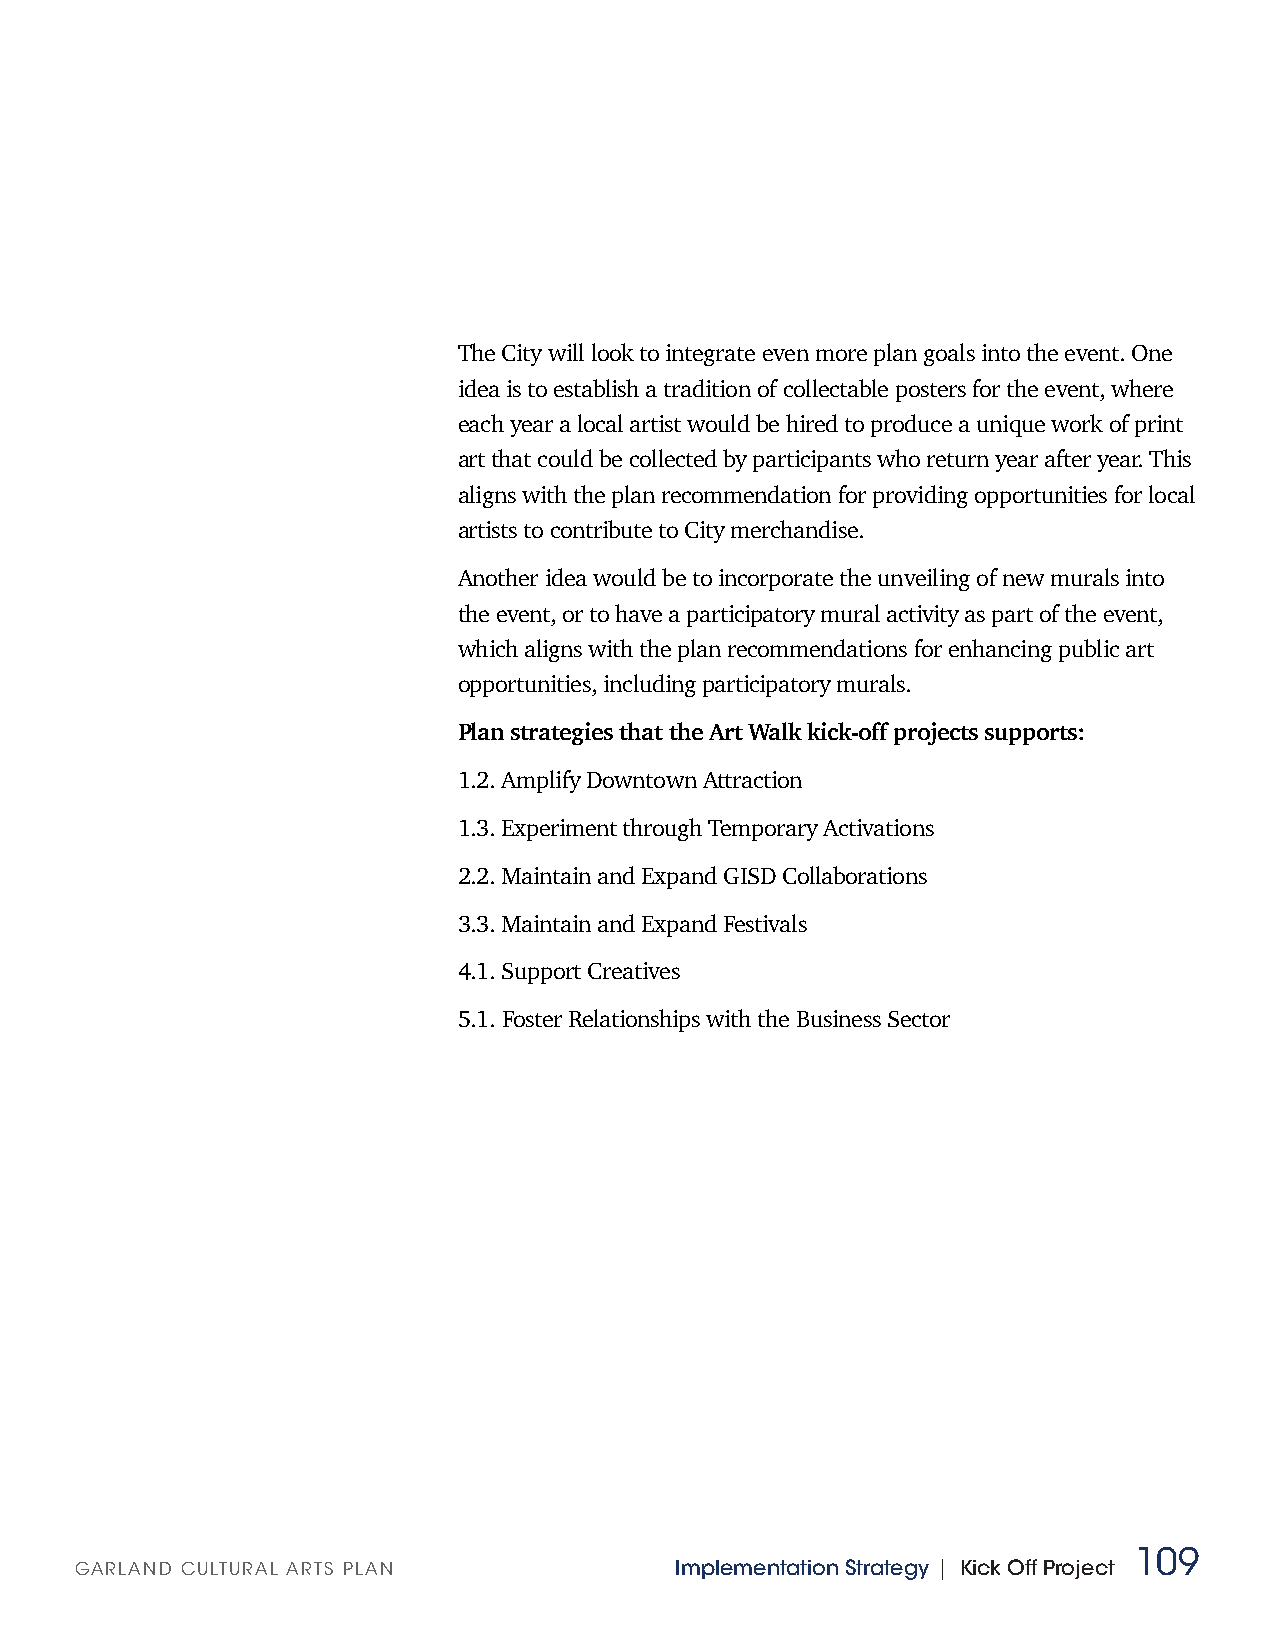
The City will look to integrate even more plan goals into the event. One
 idea is to establish a tradition of collectable posters for the event, where
 each year a local artist would be hired to produce a unique work of print
 art that could be collected by participants who return year after year. This
 aligns with the plan recommendation for providing opportunities for local
 artists to contribute to City merchandise.
 Another idea would be to incorporate the unveiling of new murals into
 the event, or to have a participatory mural activity as part of the event,
 which aligns with the plan recommendations for enhancing public art
 opportunities, including participatory murals.
 Plan strategies that the Art Walk kick-off projects supports:
 1.2. Amplify Downtown Attraction
 1.3. Experiment through Temporary Activations
 2.2. Maintain and Expand GISD Collaborations
 3.3. Maintain and Expand Festivals
 4.1. Support Creatives
 5.1. Foster Relationships with the Business Sector
 109
 GARLAND CULTURAL ARTS PLAN              Implementation Strategy | Kick Off Project